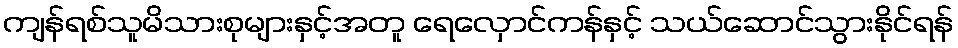
ကျန်ရစ်သူမိသားစုများနှင့်အတူ ရေလှောင်ကန်နှင့် သယ်ဆောင်သွားနိုင်ရန်